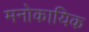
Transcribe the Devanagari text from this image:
मनोकायिक